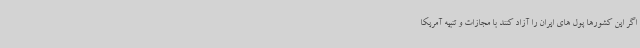
اگر این کشورها پول های ایران را آزاد کنند با مجازات و تنبیه آمریکا